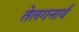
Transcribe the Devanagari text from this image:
तेलगनार्य